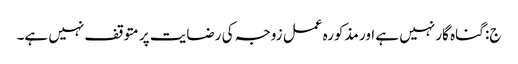
ج: گناہ گار نہیں ہے اور مذکورہ عمل زوجہ کی رضایت پر متوقف نہیں ہے۔